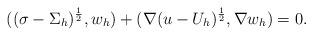
LaTeX: \begin{align*}((\sigma-\Sigma_h)^{\frac12},w_h)+(\nabla (u-U_h)^{\frac12},\nabla w_h)=0.\end{align*}